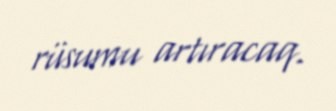
rüsumu artıracaq.